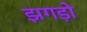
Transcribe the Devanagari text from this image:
झगड़ो